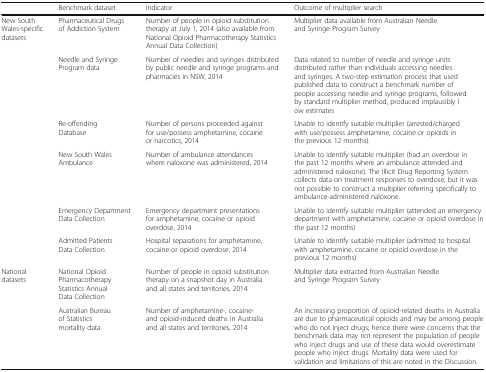
|  | Benchmark dataset | Indicator | Outcome of multiplier search |
 | --- | --- | --- | --- |
 | <ROWSPAN=6> New South Wales-specific datasets | Pharmaceutical Drugs of Addiction System | Number of people in opioid substitution therapy at July 1, 2014 (also available from National Opioid Pharmacotherapy Statistics Annual Data Collection) | Multiplier data available from Australian Needle and Syringe Program Survey |
 | Needle and Syringe Program data | Number of needles and syringes distributed by public needle and syringe programs and pharmacies in NSW, 2014 | Data related to number of needle and syringe units distributed rather than individuals accessing needles and syringes. A two-step estimation process that used published data to construct a benchmark number of people accessing needle and syringe programs, followed by standard multiplier method, produced implausibly low estimates |
 | Re-offending Database | Number of persons proceeded against for use/possess amphetamine, cocaine or narcotics, 2014 | Unable to identify suitable multiplier (arrested/charged with use/possess amphetamine, cocaine or opioids in the previous 12 months). |
 | New South Wales Ambulance | Number of ambulance attendances where naloxone was administered, 2014 | Unable to identify suitable multiplier (had an overdose in the past 12 months where an ambulance attended and administered naloxone). The Illicit Drug Reporting System collects data on treatment responses to overdose, but it was not possible to construct a multiplier referring specifically to ambulance-administered naloxone. |
 | Emergency Department Data Collection | Emergency department presentations for amphetamine, cocaine or opioid overdose, 2014 | Unable to identify suitable multiplier (attended an emergency department with amphetamine, cocaine or opioid overdose in the past 12 months) |
 | Admitted Patients Data Collection | Hospital separations for amphetamine, cocaine or opioid overdose, 2014 | Unable to identify suitable multiplier (admitted to hospital with amphetamine, cocaine or opioid overdose in the previous 12 months) |
 | <ROWSPAN=2> National datasets | National Opioid Pharmacotherapy Statistics Annual Data Collection | Number of people in opioid substitution therapy on a snapshot day in Australia and all states and territories, 2014 | Multiplier data extracted from Australian Needle and Syringe Program Survey |
 | Australian Bureau of Statistics mortality data | Number of amphetamine-, cocaine- and opioid-induced deaths in Australia and all states and territories, 2014 | An increasing proportion of opioid-related deaths in Australia are due to pharmaceutical opioids and may be among people who do not inject drugs; hence there were concerns that the benchmark data may not represent the population of people who inject drugs and use of these data would overestimate people who inject drugs. Mortality data were used for validation and limitations of this are noted in the Discussion. |